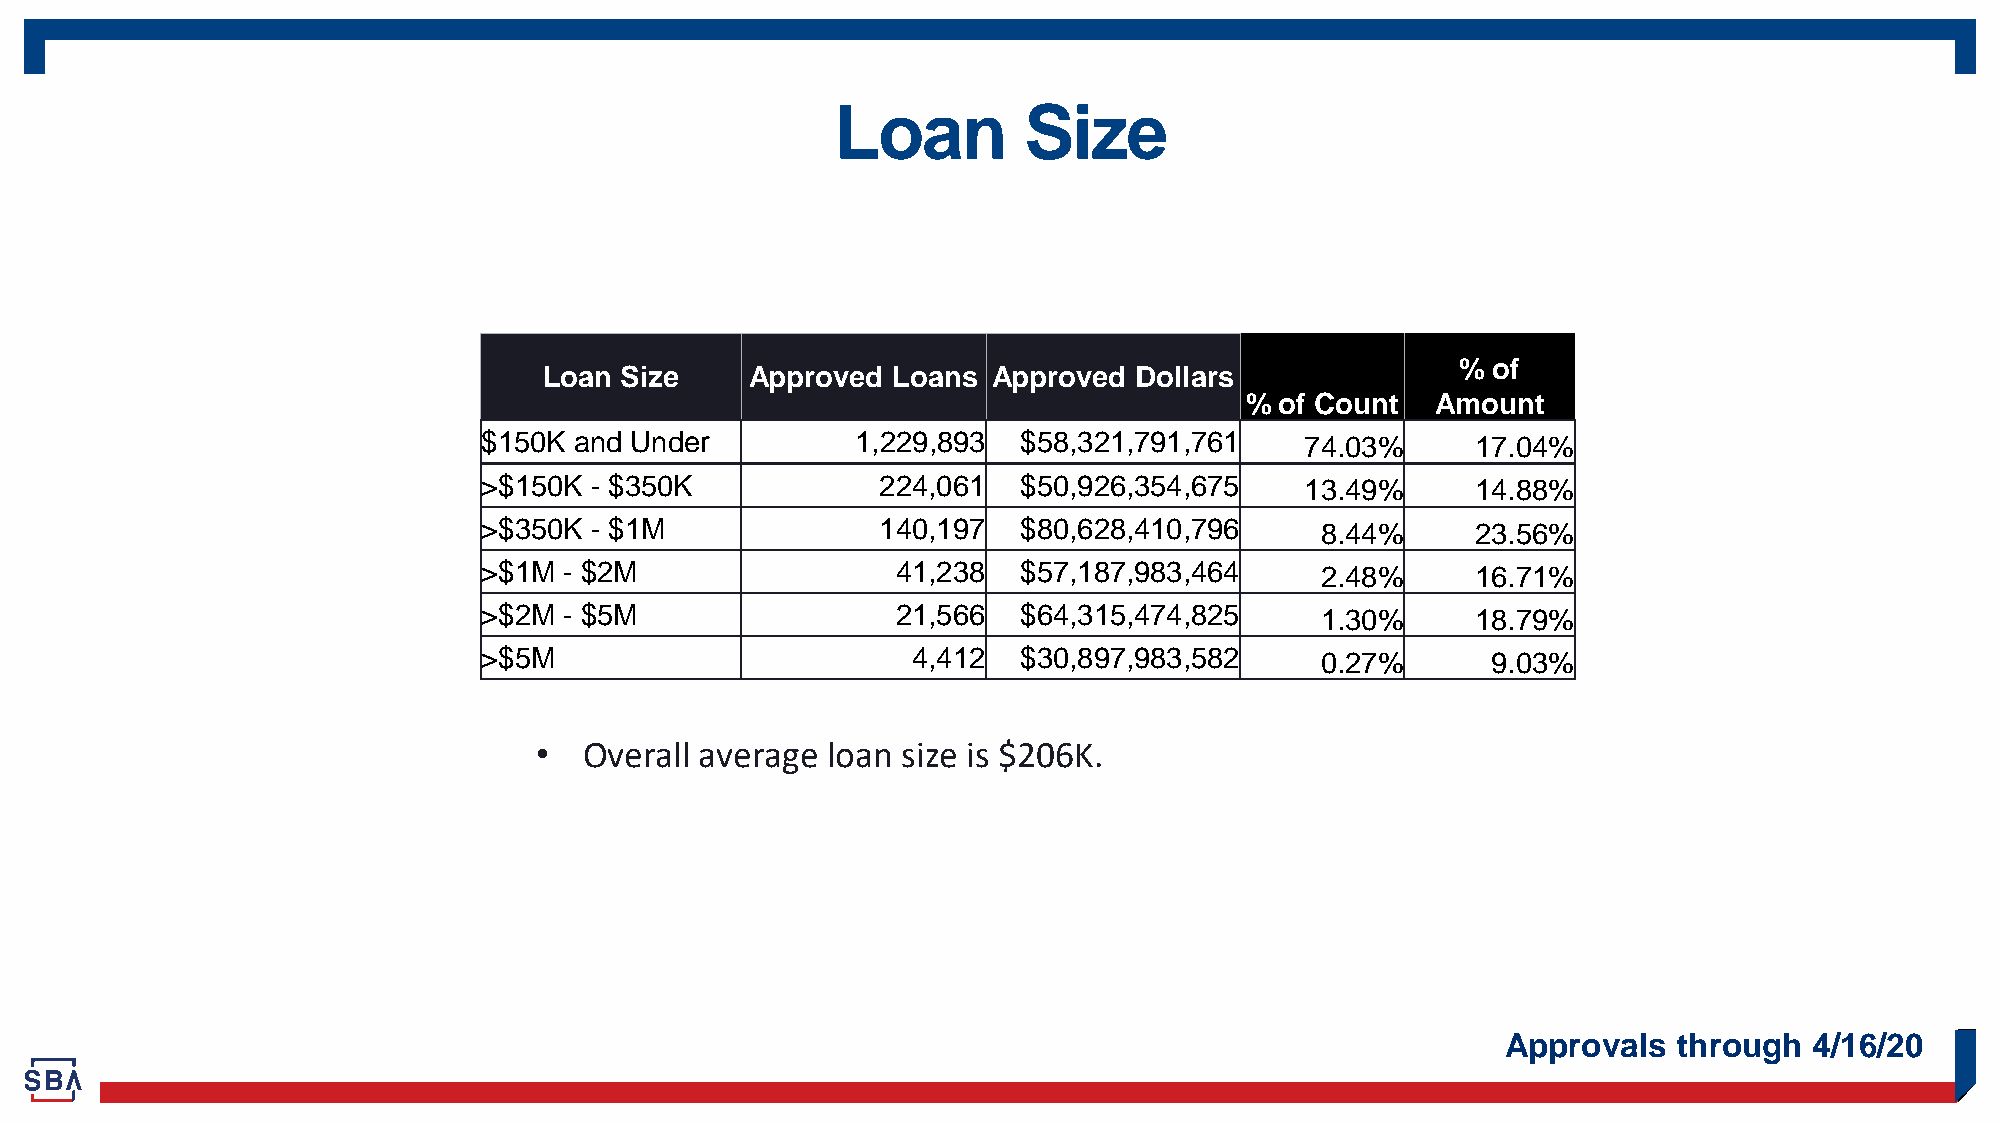
Loan         Size
 % of
 Loan Size     Approved Loans  Approved Dollars
 %  of Count  Amount
 $150K and Under          1,229,893  $58,321,791,761   74.03%      17.04%
 >$150K - $350K            224,061   $50,926,354,675   13.49%      14.88%
 >$350K - $1M              140,197   $80,628,410,796    8.44%      23.56%
 >$1M - $2M                 41,238   $57,187,983,464    2.48%      16.71%
 >$2M - $5M                 21,566   $64,315,474,825    1.30%      18.79%
 >$5M                        4,412   $30,897,983,582    0.27%       9.03%
 •   Overall average loan size is $206K.
 Approvals  through  4/16/20